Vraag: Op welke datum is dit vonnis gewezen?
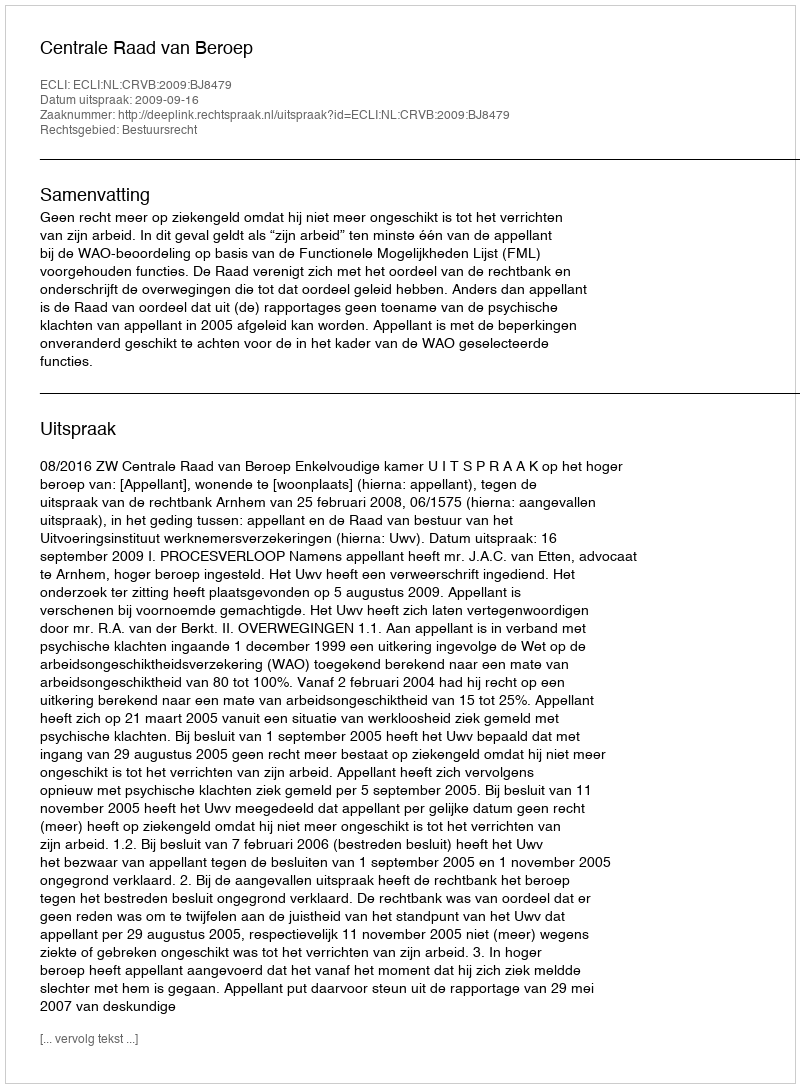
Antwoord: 2009-09-16